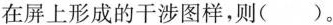
在屏上形成的干涉图样，则()。